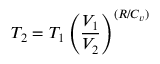
T _ { 2 } = T _ { 1 } \left( { \frac { V _ { 1 } } { V _ { 2 } } } \right) ^ { ( R / C _ { v } ) }